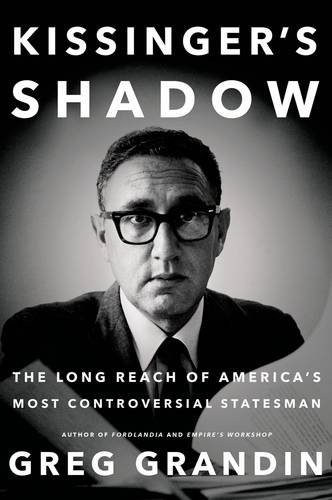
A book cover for Kissinger's Shadow: The Long Reach of America's Most Controversial Statesman; Greg Grandin; Biographies & Memoirs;